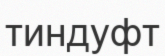
тиндуфт